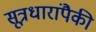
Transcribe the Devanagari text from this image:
सूत्रधारांपैकी